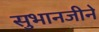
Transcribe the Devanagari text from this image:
सुभानजीने